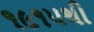
૧૯૧૫થી